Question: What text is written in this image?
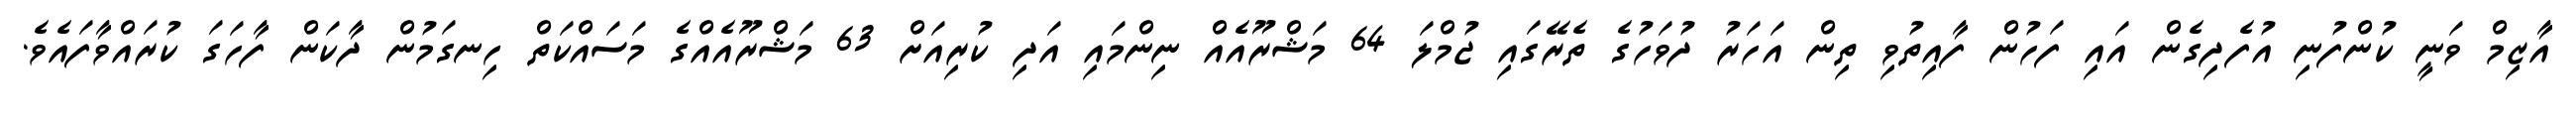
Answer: އާޒިމް ވަނީ ކުންފުނި އުފެދިގެން އައި ފަހުން ފާއިތުވި ތިން އަހަރު ދުވަހުގެ ތެރޭގައި ޖުމްލަ 64 މަޝްރޫއެއް ނިންމައި އަދި ކުރިއަށް 63 މަޝްރޫއެއްގެ މަސައްކަތް ހިނގަމުން ދާކަން ފާހަގަ ކުރައްވާފައެވެ.